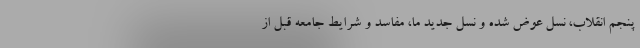
پنجم انقلاب، نسل عوض شده و نسل جدید ما، مفاسد و شرایط جامعه قبل از